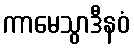
ကာမေသွာဒီနဝံ